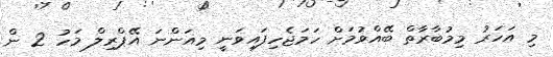
މި އަހަރު މިމުބާރާތް ބޭއްވުމަށް ހަމަޖެހިފައިވަނީ މިއަންނަ އޭޕްރިލް މަހު 2 ން